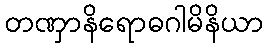
တဏှာနိရောဓဂါမိနိယာ